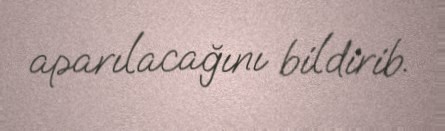
aparılacağını bildirib.